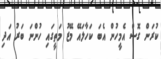
ކުރަން ގޮސް އެމީހުން އެބަ ކަހާލައޭ މޭޒު މަތީގައި ހުންނަ ބަރު އަދި